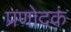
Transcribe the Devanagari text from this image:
प्रणोदकं